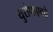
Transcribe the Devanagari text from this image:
युरोपाएवढे